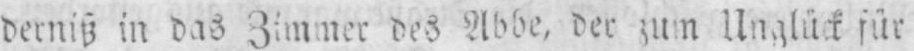
derniß in das Zimmer des Abbe, der zum Unglück für